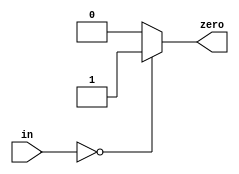
// Modified by Princeton University on June 9th, 2015
// ========== Copyright Header Begin ==========================================
// 
// OpenSPARC T1 Processor File: sparc_tlu_zcmp64.v
// Copyright (c) 2006 Sun Microsystems, Inc.  All Rights Reserved.
// DO NOT ALTER OR REMOVE COPYRIGHT NOTICES.
// 
// The above named program is free software; you can redistribute it and/or
// modify it under the terms of the GNU General Public
// License version 2 as published by the Free Software Foundation.
// 
// The above named program is distributed in the hope that it will be 
// useful, but WITHOUT ANY WARRANTY; without even the implied warranty of
// MERCHANTABILITY or FITNESS FOR A PARTICULAR PURPOSE.  See the GNU
// General Public License for more details.
// 
// You should have received a copy of the GNU General Public
// License along with this work; if not, write to the Free Software
// Foundation, Inc., 51 Franklin St, Fifth Floor, Boston, MA 02110-1301, USA.
// 
// ========== Copyright Header End ============================================
////////////////////////////////////////////////////////////////////////
/*
//  Module Name: sparc_tlu_zcmp64
//  Description:    
//    64b zero compare
*/

module sparc_tlu_zcmp64(/*AUTOARG*/
   // Outputs
   zero, 
   // Inputs
   in
   );

   input [63:0] in;

   output      zero;

   reg 	       zero;

   always @ (in)
     begin
	if (in == 64'b0)
	  zero = 1'b1;
	else
	  zero = 1'b0;
     end
   

endmodule // sparc_tlu_dec64